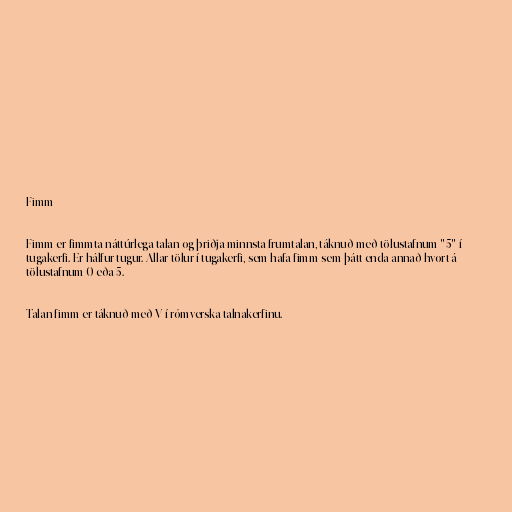
Fimm

Fimm er fimmta náttúrlega talan og þriðja minnsta frumtalan, táknuð með tölustafnum "5" í
tugakerfi. Er hálfur tugur. Allar tölur í tugakerfi, sem hafa fimm sem þátt enda annað hvort á
tölustafnum 0 eða 5.

Talan fimm er táknuð með V í rómverska talnakerfinu.